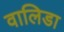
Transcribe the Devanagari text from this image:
वालिडा